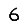
Digit: 6